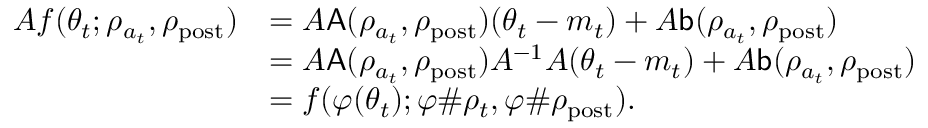
\begin{array} { r l } { A f ( \theta _ { t } ; \rho _ { a _ { t } } , \rho _ { \mathrm { p o s t } } ) } & { = A \mathsf { A } ( \rho _ { a _ { t } } , \rho _ { \mathrm { p o s t } } ) ( \theta _ { t } - m _ { t } ) + A \mathsf { b } ( \rho _ { a _ { t } } , \rho _ { \mathrm { p o s t } } ) } \\ & { = A \mathsf { A } ( \rho _ { a _ { t } } , \rho _ { \mathrm { p o s t } } ) A ^ { - 1 } A ( \theta _ { t } - m _ { t } ) + A \mathsf { b } ( \rho _ { a _ { t } } , \rho _ { \mathrm { p o s t } } ) } \\ & { = f ( \varphi ( \theta _ { t } ) ; \varphi \# \rho _ { t } , \varphi \# \rho _ { \mathrm { p o s t } } ) . } \end{array}